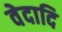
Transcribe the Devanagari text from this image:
वेदादि